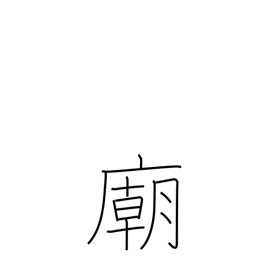
Meaning: mausoleum